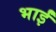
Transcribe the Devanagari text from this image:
भाईं